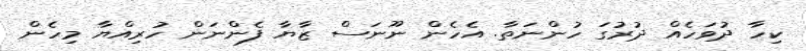
ކިހާ ދުވަހެއް ދުރުގަ ހުންނަތާ. އެހެން ނޫނަސް ޒާޔާ ފެންނަން ހުރިއްޔާ މިހެން